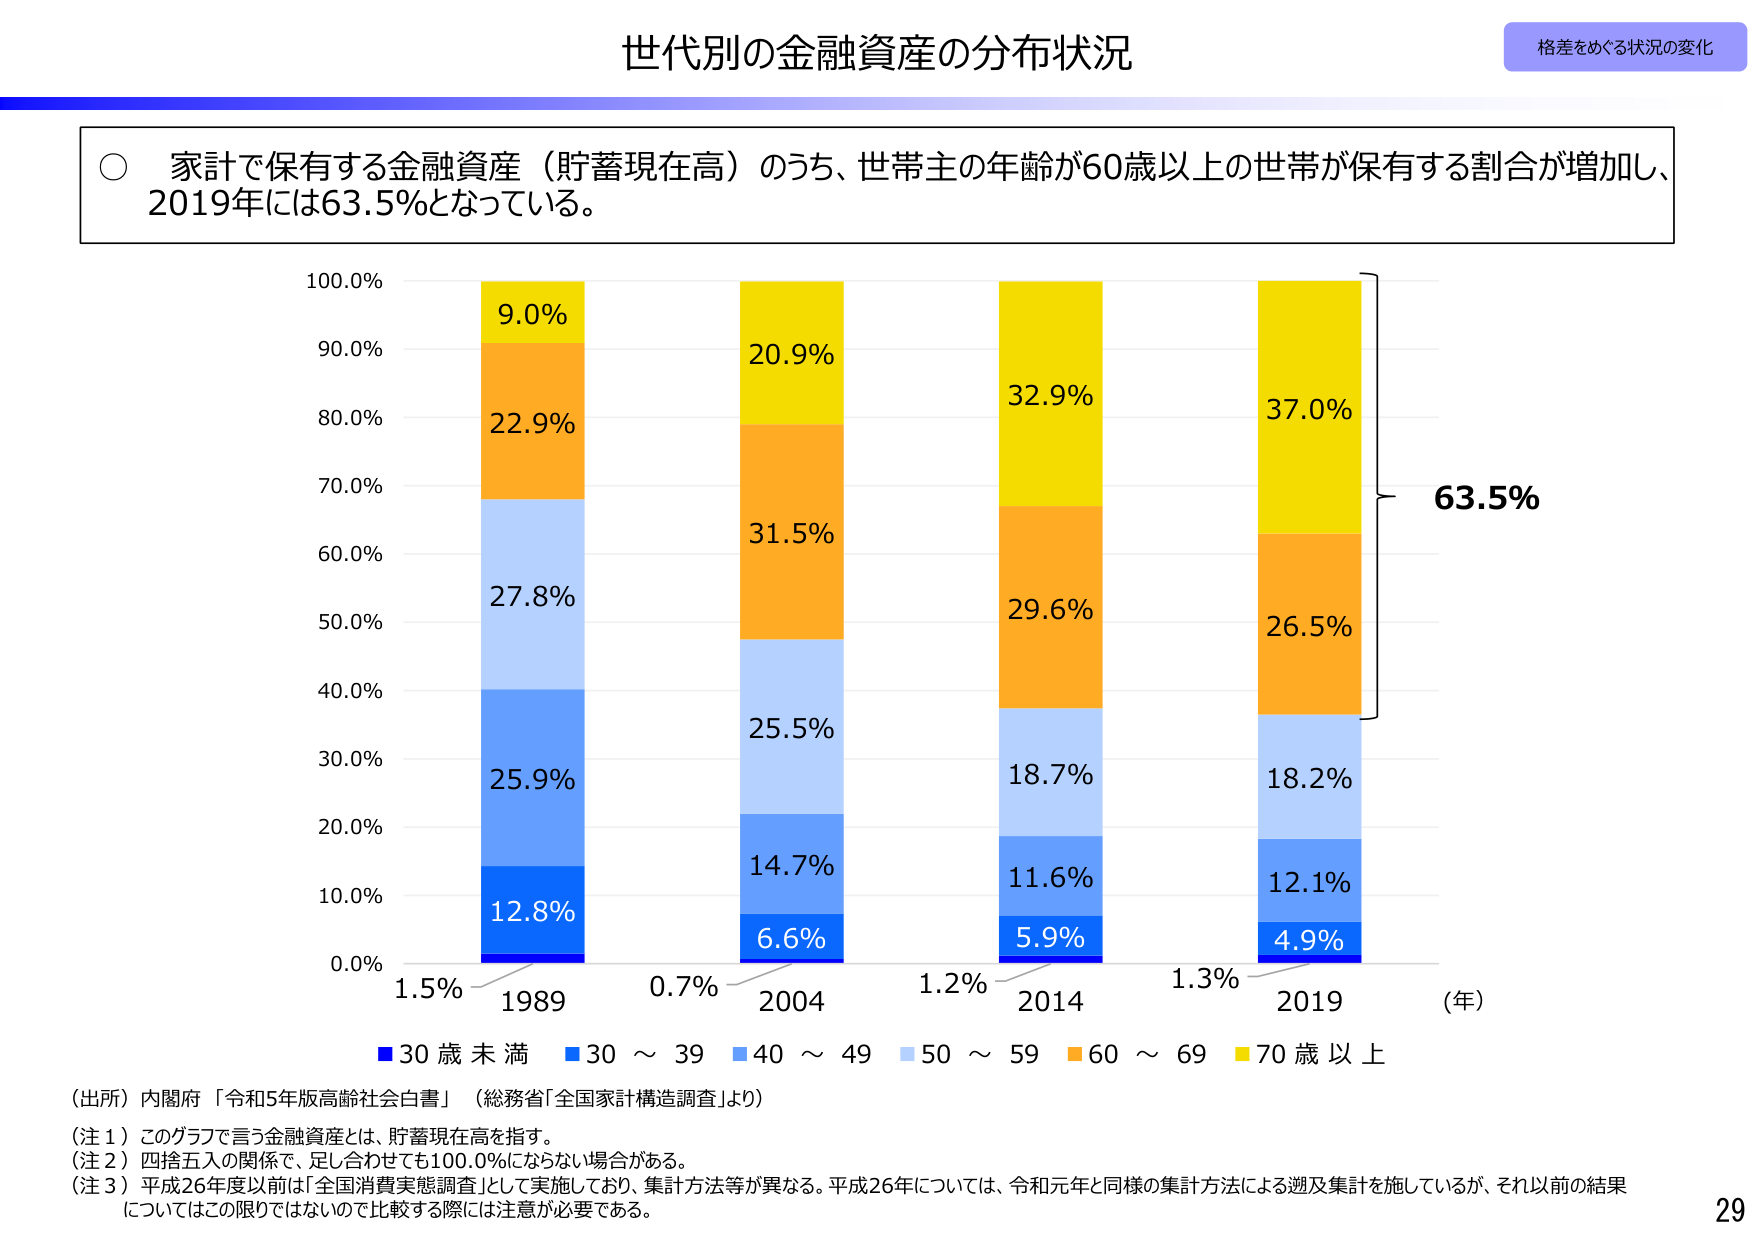
世代別の金融資産の分布状況

格差をめぐる状況の変化

○ 家計で保有する金融資産（貯蓄現在高）のうち、世帯主の年齢が60歳以上の世帯が保有する割合が増加し、2019年には63.5%となっている。

100.0%
90.0%
80.0%
70.0%
60.0%
50.0%
40.0%
30.0%
20.0%
10.0%
0.0%

9.0%
22.9%
27.8%
25.9%
12.8%

20.9%
31.5%
25.5%
14.7%
6.6%

32.9%
29.6%
18.7%
11.6%
5.9%

37.0%
26.5%
18.2%
12.1%
4.9%

63.5%

1.5% 1989
0.7% 2004
1.2% 2014
1.3% 2019 （年）

■ 30歳未満 ■ 30～39 ■ 40～49 ■ 50～59 ■ 60～69 ■ 70歳以上

（出所）内閣府「令和5年版高齢社会白書」（総務省「全国家計構造調査」より）

（注１）このグラフで言う金融資産とは、貯蓄現在高を指す。
（注２）四捨五入の関係で、足し合わせても100.0%にならない場合がある。
（注３）平成26年度以前は「全国消費実態調査」として実施しており、集計方法等が異なる。平成26年については、令和元年と同様の集計方法による遡及集計を施しているが、それ以前の結果についてはこの限りではないので比較する際には注意が必要である。

29